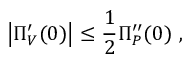
\left| \Pi _ { V } ^ { \prime } ( 0 ) \right| \leq { \frac { 1 } { 2 } } \Pi _ { P } ^ { \prime \prime } ( 0 ) \ ,